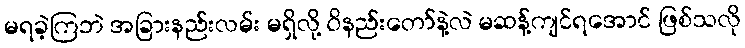
မရခဲ့ကြဘဲ အခြားနည်းလမ်း မရှိလို့ ဝိနည်းတော်နဲ့လဲ မဆန့်ကျင်ရအောင် ဖြစ်သလို